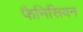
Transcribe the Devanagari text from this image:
फैनिसियन